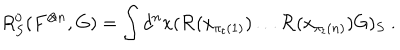
R _ { S } ^ { 0 } ( F ^ { \otimes n } , G ) = \int d ^ { n } x ( { \mathcal R } ( x _ { \pi _ { t } ( 1 ) } ) \ldots { \mathcal R } ( x _ { \pi _ { t } ( n ) } ) G ) _ { S } \ .